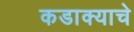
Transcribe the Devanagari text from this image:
कडाक्याचे